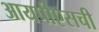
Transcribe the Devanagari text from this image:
आयपीएसची